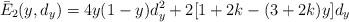
LaTeX: \begin{align*}\bar{E}_2 (y, d_y) = 4y(1-y)d_y^2 +2[ 1+2k -(3+2k)y] d_y\end{align*}